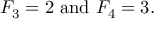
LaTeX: F _ { 3 } = 2 { \mathrm { ~ a n d ~ } } F _ { 4 } = 3 .